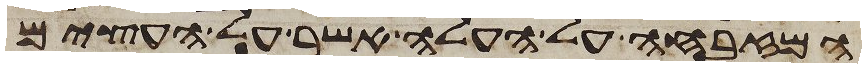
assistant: המזבחה על העלה אשר על העצים